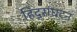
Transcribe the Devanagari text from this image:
हिंदूसंघटन